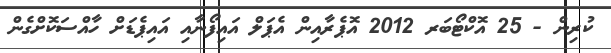
ކުރިން - 25 އޮކްޓޯބަރ 2012 އޮޕެރާއިން އެޕަލް އައިފޯނާއި އައިޕެޑަށް ހާއްސަކޮށްގެން